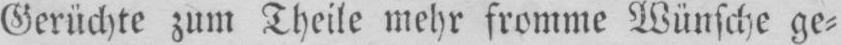
Gerüchte zum Theile mehr fromme Wünsche ge⸗